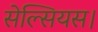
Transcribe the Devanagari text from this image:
सेल्सियस।